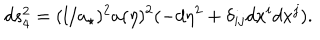
LaTeX: d s _ { 4 } ^ { 2 } = ( l / a _ { \star } ) ^ { 2 } a ( \eta ) ^ { 2 } ( - d \eta ^ { 2 } + \delta _ { i j } d x ^ { i } d x ^ { j } ) .